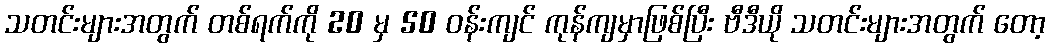
သတင်းများအတွက် တစ်ရက်ကို 20 မှ 50 ဝန်းကျင် ကုန်ကျမှာဖြစ်ပြီး ဗီဒီယို သတင်းများအတွက် တော့